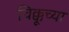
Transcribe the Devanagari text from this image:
चिक्कूच्या